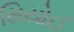
સિયોઈ